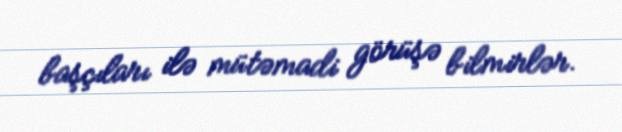
başçıları ilə mütəmadi görüşə bilmirlər.